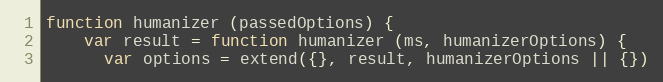
Language: JavaScript
function humanizer (passedOptions) {
    var result = function humanizer (ms, humanizerOptions) {
      var options = extend({}, result, humanizerOptions || {})